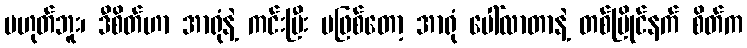
မဟုတ်ဘူး၊ ဒီစိတ်ဟာ အာရုံနဲ့ ကင်းပြီး မဖြစ်တော့ အာရုံ ပေါ်လာတာနဲ့ တစ်ပြိုင်နက် စိတ်က